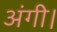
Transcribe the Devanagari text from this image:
अंगी।